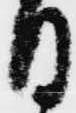
日